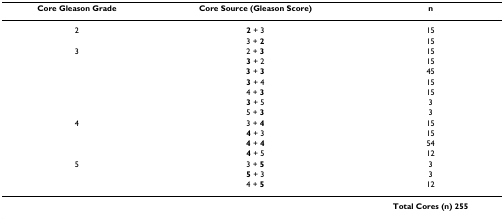
<table><thead><tr><td><b>Core Gleason Grade</b></td><td><b>Core Source (Gleason Score)</b></td><td><b>n</b></td></tr></thead><tbody><tr><td>2</td><td><b>2 </b>+ 3</td><td>15</td></tr><tr><td></td><td>3 + <b>2</b></td><td>15</td></tr><tr><td>3</td><td>2 + <b>3</b></td><td>15</td></tr><tr><td></td><td><b>3 </b>+ 2</td><td>15</td></tr><tr><td></td><td><b>3 </b>+ <b>3</b></td><td>45</td></tr><tr><td></td><td><b>3 </b>+ 4</td><td>15</td></tr><tr><td></td><td>4 + <b>3</b></td><td>15</td></tr><tr><td></td><td><b>3 </b>+ 5</td><td>3</td></tr><tr><td></td><td>5 + <b>3</b></td><td>3</td></tr><tr><td>4</td><td>3 + <b>4</b></td><td>15</td></tr><tr><td></td><td><b>4 </b>+ 3</td><td>15</td></tr><tr><td></td><td><b>4 </b>+ <b>4</b></td><td>54</td></tr><tr><td></td><td><b>4 </b>+ 5</td><td>12</td></tr><tr><td>5</td><td>3 + <b>5</b></td><td>3</td></tr><tr><td></td><td><b>5 </b>+ 3</td><td>3</td></tr><tr><td></td><td>4 + <b>5</b></td><td>12</td></tr><tr><td></td><td></td><td><b>Total Cores (n) 255</b></td></tr></tbody></table>